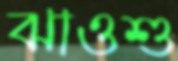
ঝাওশু